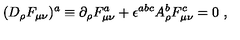
( D _ { \rho } F _ { \mu \nu } ) ^ { a } \equiv \partial _ { \rho } F _ { \mu \nu } ^ { a } + \epsilon ^ { a b c } A _ { \rho } ^ { b } F _ { \mu \nu } ^ { c } = 0 \ ,